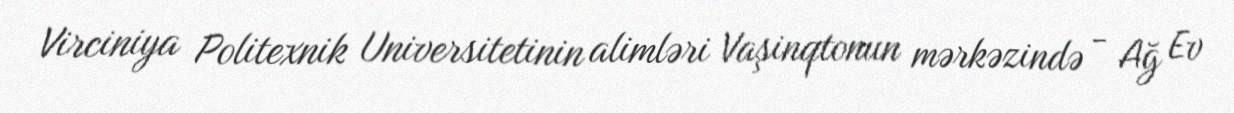
Virciniya Politexnik Universitetinin alimləri Vaşinqtonun mərkəzində - Ağ Ev